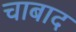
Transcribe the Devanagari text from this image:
चाबाद